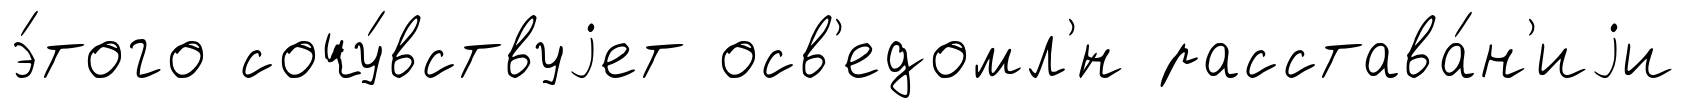
э́того сочу́вствуjет осв'едомл'́н расстава́н'иjи